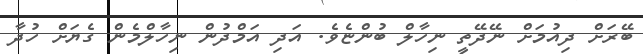
ބޭރަށް ދިއުމަށް ނޭދޭތީ ނިހާލް ބުންޏެވެ. އަދި އަމްދުން ނިހާލްމެން ގެޔަށް ހުދާ